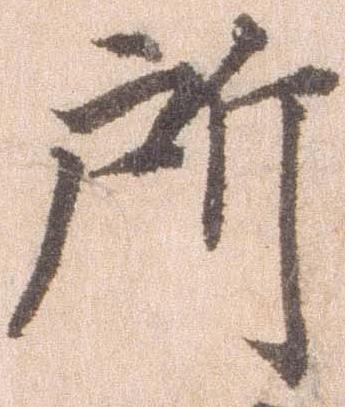
所